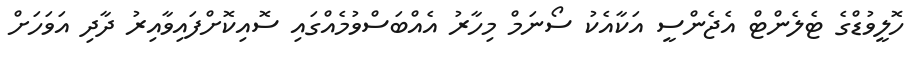
ހޮލީވުޑްގެ ޓެލެންޓް އެޖެންސީ އަކާއެކު ސޯނަމް މިހާރު އެއްބަސްވުމެއްގައި ސޮއިކޮށްފައިވާއިރު ދާދި އަވަހަށް